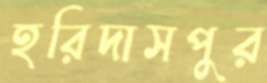
হরিদাসপুর